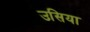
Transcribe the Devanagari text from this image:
उसिया